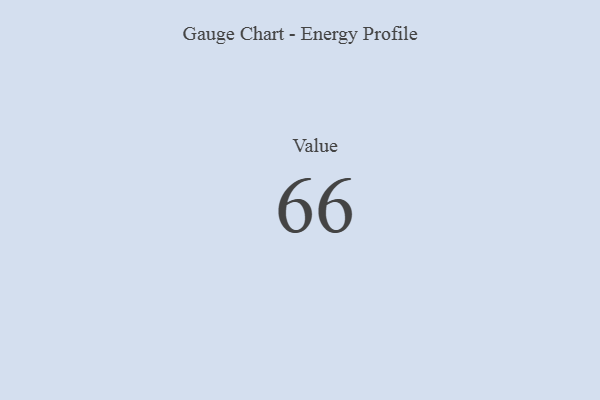
{"axis": {"x": "Metric", "y": "Value"}, "legend": [""], "data": [{"x": "Value", "y": 66, "type": ""}]}